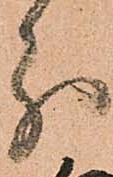
分